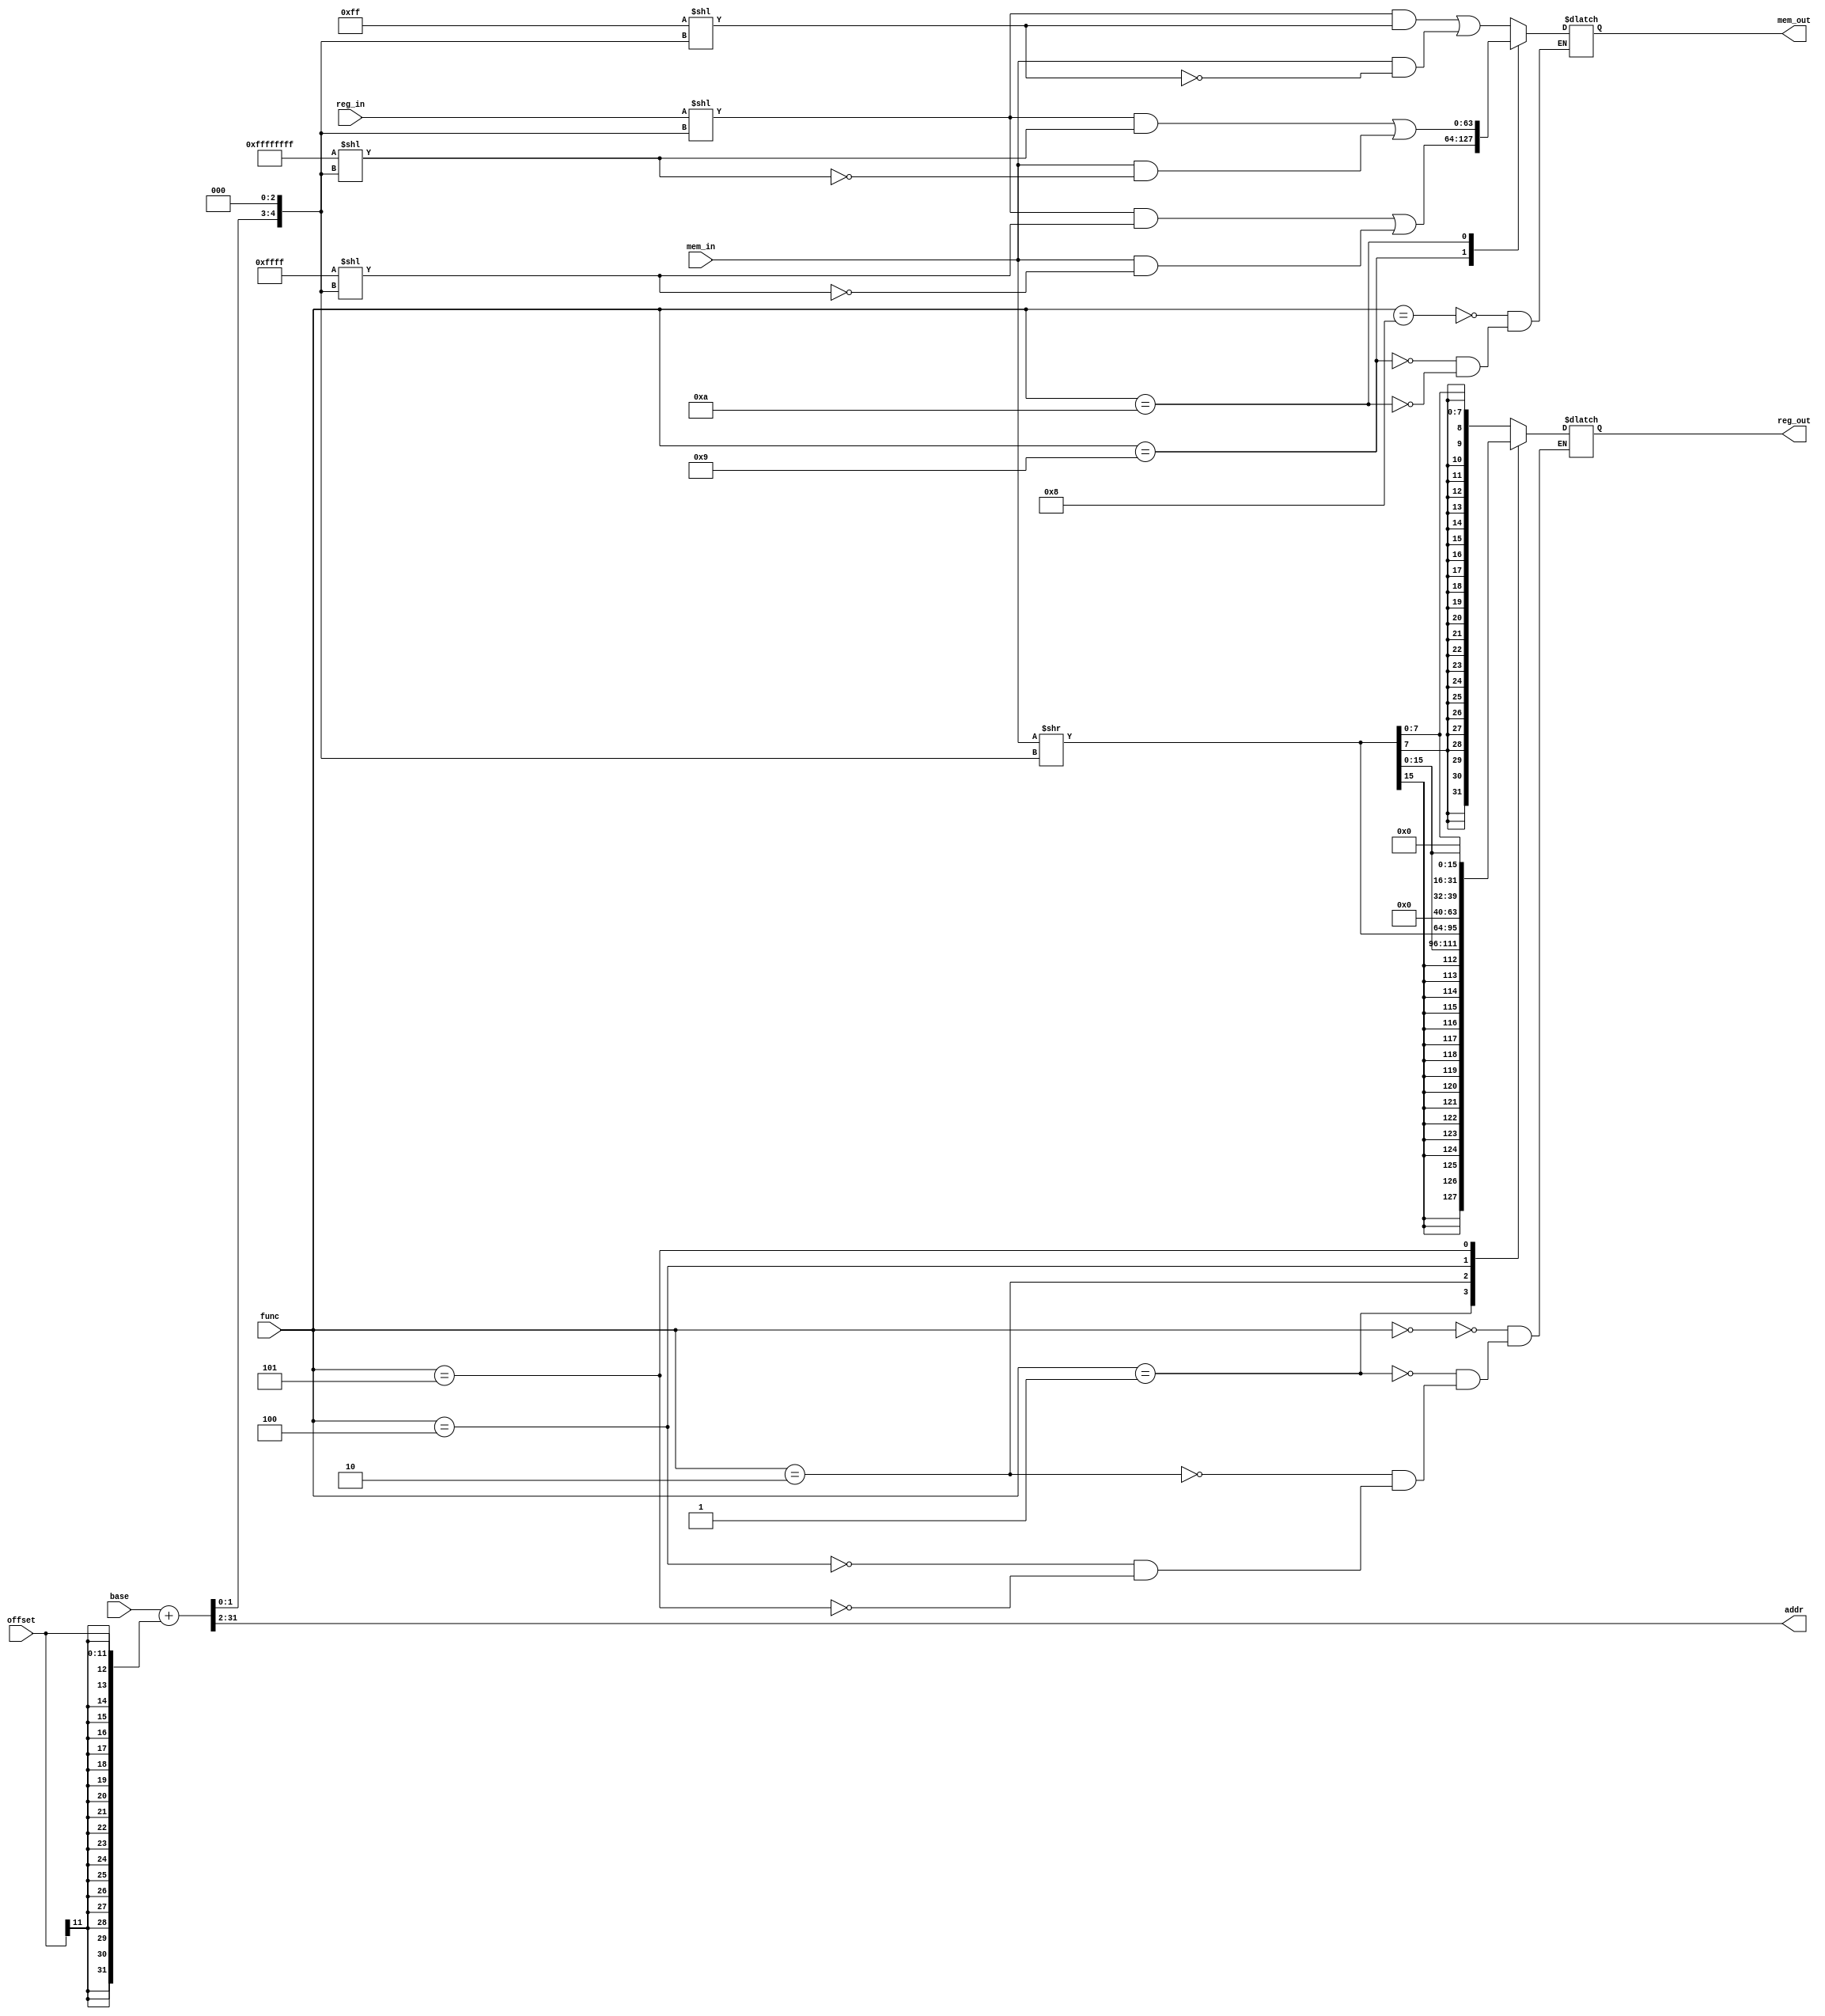
module lsu(func, base, offset, reg_out, reg_in, addr, mem_out, mem_in);

input [3:0] func;
input [31:0] base, reg_in;
input [63:0] mem_in;
input [11:0] offset;
output [31:2] addr;
output [31:0] reg_out;
output [63:0] mem_out;

reg [31:0] reg_out;
reg [63:0] mem_out;

`define lb  4'b0000
`define lh  4'b0001
`define lw  4'b0010
`define lbu 4'b0100
`define lhu 4'b0101
`define sb  4'b1000
`define sh  4'b1001
`define sw  4'b1010

wire [31:2] addr;
wire [1:0] byte_index;
wire [5:0] shift;
wire [63:0] sh_r, sh_w, mask_b, mask_h, mask_w;

assign {addr, byte_index} = base + {{21{offset[11]}}, offset[10:0]};

assign shift = byte_index << 3;
assign sh_r = mem_in >> shift;
assign sh_w = {32'b0, reg_in} << shift;

assign mask_b = 64'hff << shift;
assign mask_h = 64'hffff << shift;
assign mask_w = 64'hffffffff << shift;

always @ (*)
begin
    case(func)
    `lb:  reg_out = {{24{sh_r[7]}}, sh_r[7:0]};
    `lh:  reg_out = {{16{sh_r[15]}}, sh_r[15:0]};
    `lw:  reg_out = sh_r[31:0];
    `lbu: reg_out = {24'b0, sh_r[7:0]};
    `lhu: reg_out = {16'b0, sh_r[15:0]};
    `sb:  mem_out = (sh_w & mask_b) | (mem_in & ~mask_b);
    `sh:  mem_out = (sh_w & mask_h) | (mem_in & ~mask_h);
    `sw:  mem_out = (sh_w & mask_w) | (mem_in & ~mask_w);
    endcase
end

endmodule